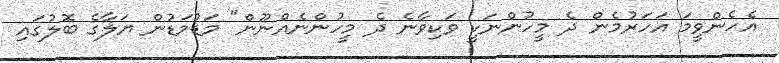
އެހެންވީމަ އަހަރުމެން ދެ މީހުންނަކީ ވަކިވާނެ ދެ މީހުންނެއްނޫން" މަޑުމަޑުން ޔަލާގެ ބޮލުގައި